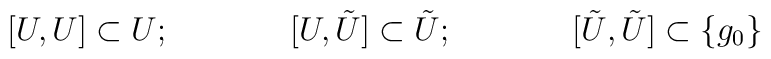
[U,U]\subset U ;\hspace{1.5 cm}[U,\tilde{U}]\subset \tilde{U};\hspace{1.5cm}[\tilde{U},\tilde{U}]\subset \{ g_{0}\}